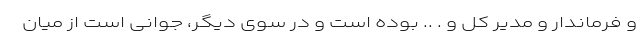
و فرماندار و مدیر کل و . .. بوده است و در سوی دیگر، جوانی است از میان